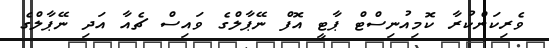
ވެރިކަންކުރާ ކޮމިއުނިސްޓް ޕާޓީ އޮފް ނޭޕާލްގެ ވައިސް ޗެއާ އަދި ނޭޕާލްގެ